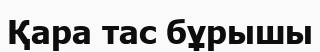
Қара тас бұрышы